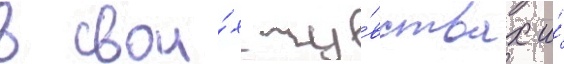
в свои́х чу́вствах и́